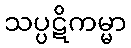
သပ္ပဋိကမ္မာ